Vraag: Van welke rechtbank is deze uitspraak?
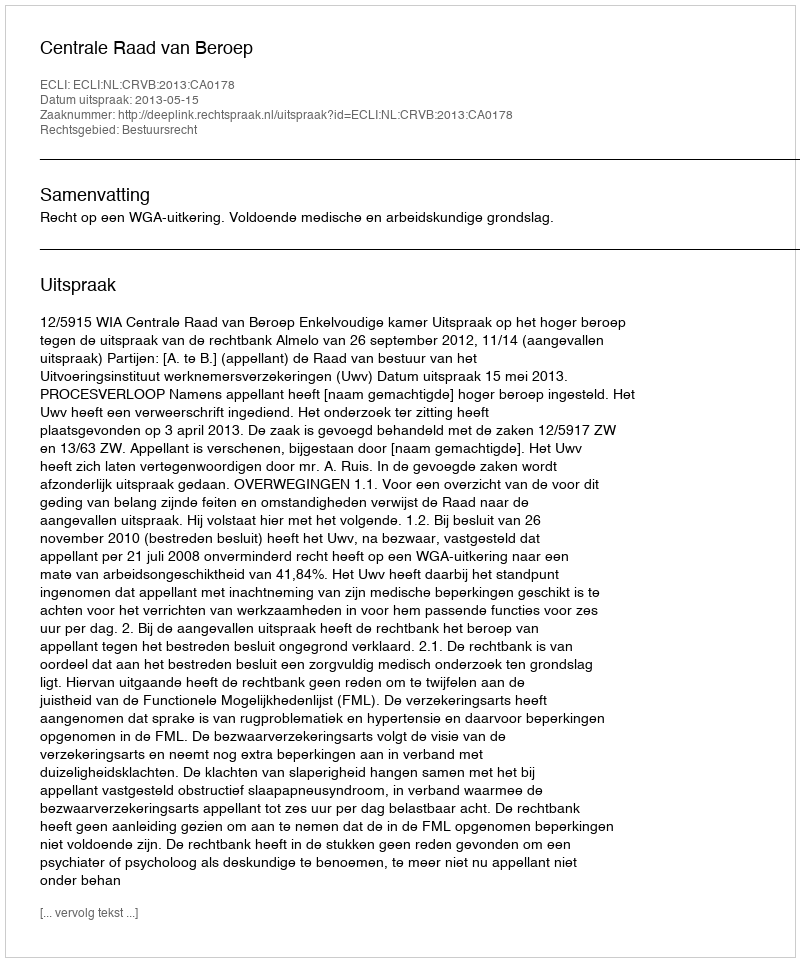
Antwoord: Centrale Raad van Beroep